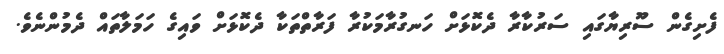
ފެށިގެން ސޫރިޔާގައި ސަރުކާރާ ދެކޮޅަށް ހަނގުރާމަކުރާ ފަރާތްތަކާ ދެކޮޅަށް ވައިގެ ހަމަލާތައް ދެމުންނެވެ.